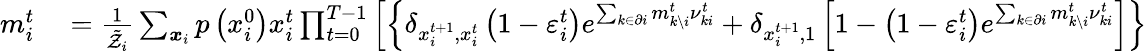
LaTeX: \begin{array}{rl}{m_{i}^{t}}&{{}=\frac{1}{\tilde{\mathcal{Z}}_{i}}\sum_{\boldsymbol{x}_{i}}p\left(x_{i}^{0}\right)x_{i}^{t}\prod_{t=0}^{T-1}\left[\left\{ \delta_{x_{i}^{t+1},x_{i}^{t}}\left(1-\varepsilon_{i}^{t}\right)e^{\sum_{k\in\partial i}m_{k\setminus i}^{t}\nu_{ki}^{t}}+\delta_{x_{i}^{t+1},1}\left[1-\left(1-\varepsilon_{i}^{t}\right)e^{\sum_{k\in\partial i}m_{k\setminus i}^{t}\nu_{ki}^{t}}\right]\right\} \right.}\end{array}